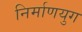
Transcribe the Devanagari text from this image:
निर्माणयुग